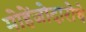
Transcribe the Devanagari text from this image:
मोहेंजोदारोचे